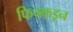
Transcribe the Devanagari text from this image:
फिचकडून